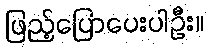
ဖြည့်ပြောပေးပါဦး။